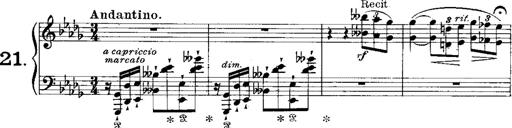
Title: RÃ©miniscences de 'Lucia di Lammermoor'
Composer: Franz Liszt